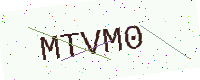
Text: MTVM0